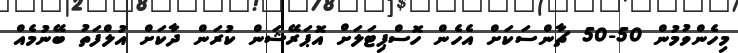
މިހެންވުމުން 50-50 ޗާންސަކަށް އެހެން ހޮސްޕިޓަލަށް އޮޕަރޭޝަން ކުރަން ދާކަށް އުލްފަތު ބޭނުމެއް